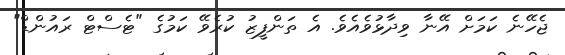
ޖެހޭނެ ކަމަށް އޭނާ ވިދާޅުވެއެވެ. އެ ތަންފީޒު ކުރެވޭ ކަމުގެ "ޓެސްޓް ރައުންޑް"